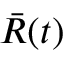
\bar { R } ( t )